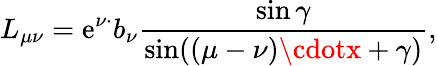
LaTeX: L_{\mu\nu}=\mathrm{e}^{\nu\cdotp}b_{\nu}\frac{{\sin\gamma}}{{\sin((\mu-\nu)\cdotx+\gamma)}},